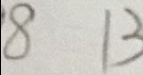
8 1 3